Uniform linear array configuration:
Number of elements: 24
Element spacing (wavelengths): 0.5
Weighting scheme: binomial
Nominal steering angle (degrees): -45
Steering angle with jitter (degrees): -43.774
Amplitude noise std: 0.05
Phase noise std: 0.05

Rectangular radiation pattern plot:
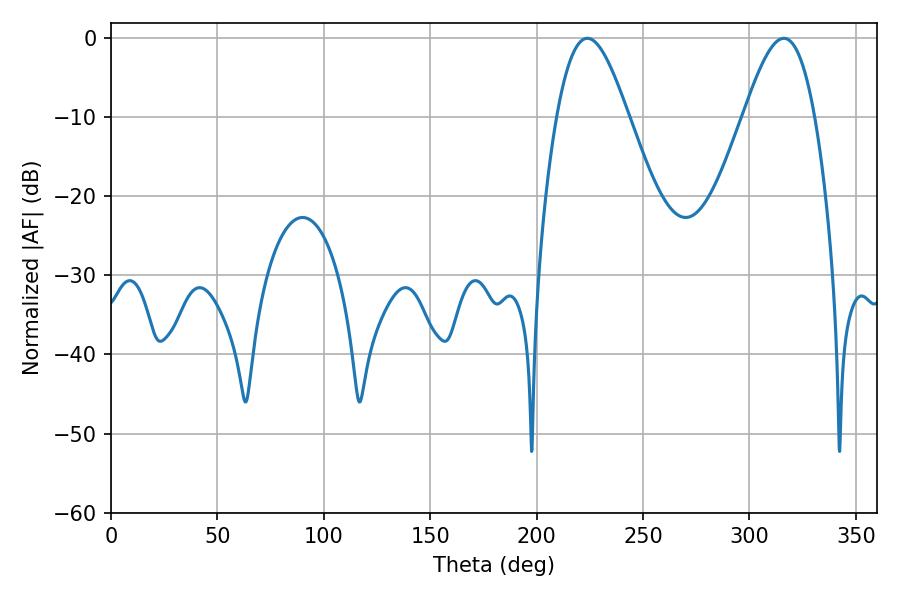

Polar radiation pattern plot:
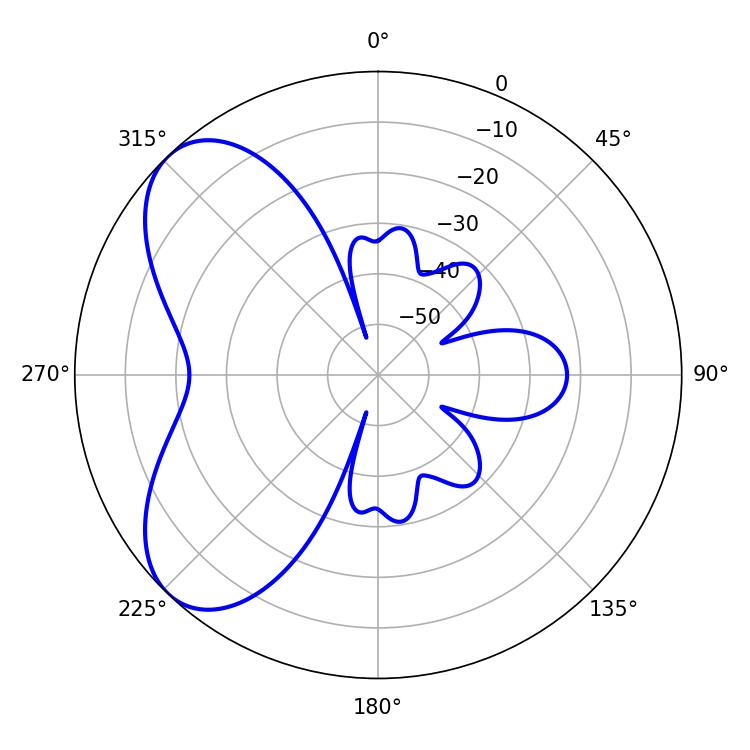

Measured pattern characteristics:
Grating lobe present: FALSE
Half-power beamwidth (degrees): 18
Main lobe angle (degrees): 223.92